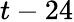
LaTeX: t-24